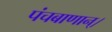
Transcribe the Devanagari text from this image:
पंचबाणान्‌।